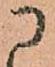
に